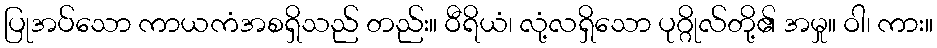
ပြုအပ်သော ကာယကံအစရှိသည် တည်း။ ဝီရိယံ၊ လုံ့လရှိသော ပုဂ္ဂိုလ်တို့၏ အမှု။ ဝါ၊ ကား။